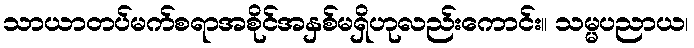
သာယာတပ်မက်စရာအစိုင်အနှစ်မရှိဟုလည်းကောင်း။ သမ္မပညာယ၊